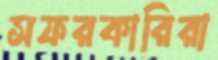
সফরকারিরা